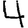
Digit: 4